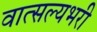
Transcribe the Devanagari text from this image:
वात्सल्यभरी